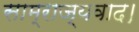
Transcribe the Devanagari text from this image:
साम्राज्यवाद।